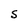
Character: S